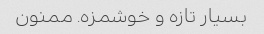
بسیار تازه و خوشمزه. ممنون